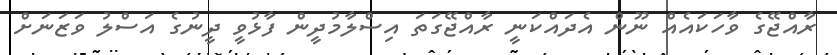
ރާއްޖޭގެ ވާހަކައެއް ނޫން އެދައްކަނީ ރާއްޖޭގަތަ އިސްލާމުދީން ފާޅުވީ ދީނުގެ އަސްލު ވަޒަނަށް